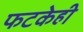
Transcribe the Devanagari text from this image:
फटकेही